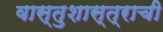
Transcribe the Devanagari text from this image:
वास्तुशास्त्राची